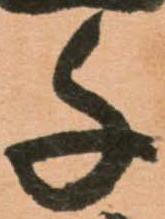
千